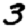
Digit: 3